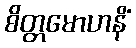
စိတ္တမောဟနိံ